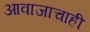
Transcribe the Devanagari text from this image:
आवाजाचाही